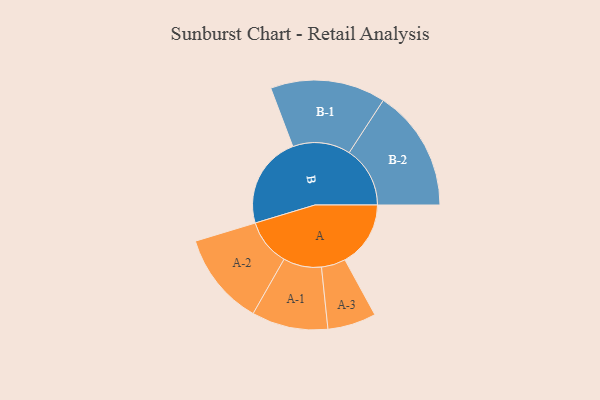
{"axis": {"x": "Segment", "y": "Value"}, "legend": ["", "A", "B"], "data": [{"x": "A", "y": 303, "type": ""}, {"x": "B", "y": 425, "type": ""}, {"x": "A-1", "y": 176, "type": "A"}, {"x": "A-2", "y": 215, "type": "A"}, {"x": "A-3", "y": 112, "type": "A"}, {"x": "B-1", "y": 266, "type": "B"}, {"x": "B-2", "y": 281, "type": "B"}]}